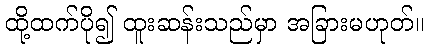
ထို့ထက်ပို၍ ထူးဆန်းသည်မှာ အခြားမဟုတ်။